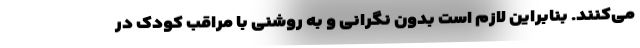
می‌کنند. بنابراین لازم است بدون نگرانی و به روشنی با مراقب کودک در